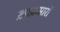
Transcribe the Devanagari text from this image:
ख़ाक़सारों